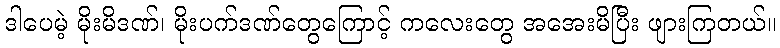
ဒါပေမဲ့ မိုးမိဒဏ်၊ မိုးပက်ဒဏ်တွေကြောင့် ကလေးတွေ အအေးမိပြီး ဖျားကြတယ်။